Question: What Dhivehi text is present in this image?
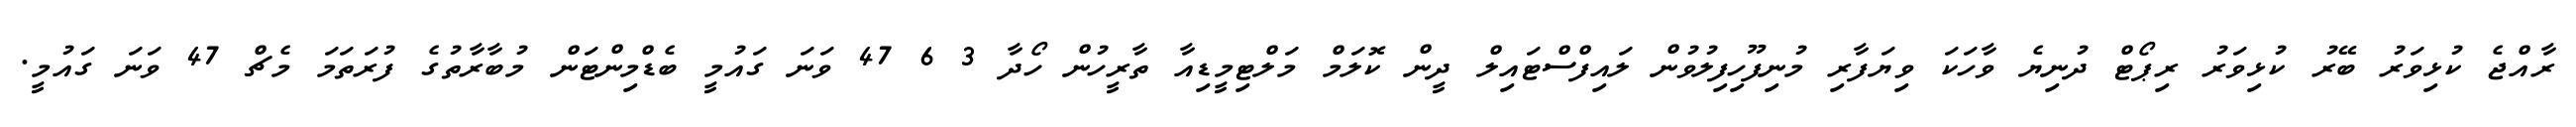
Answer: ރާއްޖެ ކުޅިވަރު ބޭރު ކުޅިވަރު ރިޕޯޓް ދުނިޔެ ވާހަކަ ވިޔަފާރި މުނިފޫހިފިލުވުން ލައިފްސްޓައިލް ދީން ކޮލަމް މަލްޓިމީޑިއާ ތާރީހުން ހޯދާ 3 6 47 ވަނަ ގައުމީ ބެޑްމިންޓަން މުބާރާތުގެ ފުރަތަމަ މެޗް 47 ވަނަ ގައުމީ.